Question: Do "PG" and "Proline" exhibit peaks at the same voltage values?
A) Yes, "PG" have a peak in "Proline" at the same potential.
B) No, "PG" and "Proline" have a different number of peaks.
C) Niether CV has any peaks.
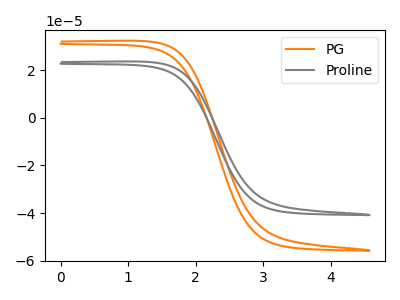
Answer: <think>The orange curve "PG" has no peaks. The gray curve "Proline" has no peaks.</think>
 <answer>C) Niether CV has any peaks.</answer>
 <eval>C</eval>